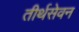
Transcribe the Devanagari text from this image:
तीर्थसेवन